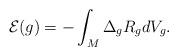
LaTeX: \begin{align*}\mathcal{E}(g)=-\int_{M}\Delta_gR_gdV_g.\end{align*}